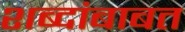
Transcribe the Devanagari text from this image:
शब्दांबाबत